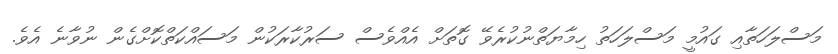
މަސްލަހަތާއި ގައުމީ މަސްލަހަތު ހިމާޔަތްނުކުރެވޭ ގޮތަށް އެއްވެސް ސަރުކާރަކުން މަސައްކަތްކޮށްގެން ނުވާނެ އެވެ.